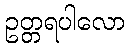
ဥတ္တရပါလော